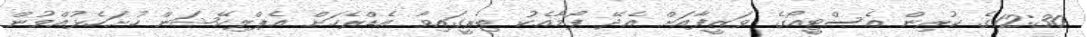
12:30ގެ ކުރިން އެސްޓީއޯގެ ވަޒީފާއަށް އެދޭ ފޯމާއެކު ތިރީގައިވާ އެޑްރެހަށް އެޕްލިކޭޝަން ހުށަހެޅުއްވުން